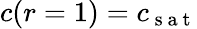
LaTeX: c(r=1)=c_{\mathrm{~s~a~t~}}